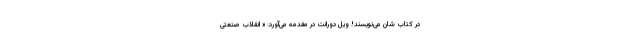
در کتاب شان می‌نویسند! ویل دورانت در مقدمه می‌آورد: « انقلاب صنعتی